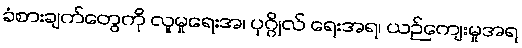
ခံစားချက်တွေကို လူမှုရေးအ၊ ပုဂ္ဂိုလ် ရေးအရ၊ ယဉ်ကျေးမှုအရ